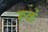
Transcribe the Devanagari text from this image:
रूळं